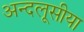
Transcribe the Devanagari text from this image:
अन्दलूसीया